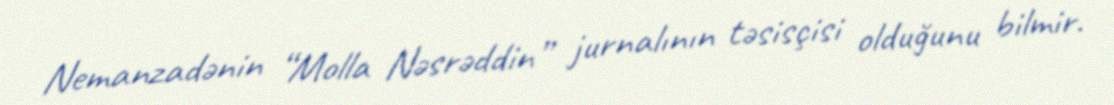
Nemanzadənin “Molla Nəsrəddin” jurnalının təsisçisi olduğunu bilmir.